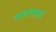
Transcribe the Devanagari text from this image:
आक्सफ़र्ड